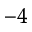
^ { - 4 }